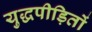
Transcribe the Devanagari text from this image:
युद्धपीड़ितों